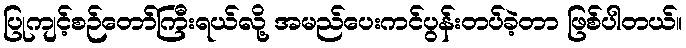
ပြုကျင့်စဉ်တော်ကြီးရယ်လို့ အမည်ပေးကင်ပွန်းတပ်ခဲ့တာ ဖြစ်ပါတယ်။